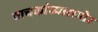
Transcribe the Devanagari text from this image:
वाचकांच्यासमोर